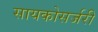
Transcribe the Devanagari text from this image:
सायकोसर्जरी